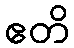
ဧတိ